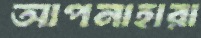
আপনাহারা